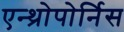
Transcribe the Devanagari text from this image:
एन्थ्रोपोर्निस